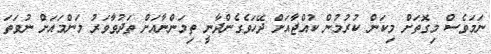
ނަމަވެސް މިގޮތަށް މިކަން ކުރުމުން ކުއްޖާއަށް ދޭހަވެގެންދާނީ ތިމަންނާއަށް ތަދުވާވަރު މަންމައަށް ނުވަތަ